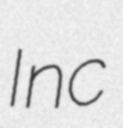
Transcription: Inc